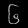
Digit: ၆